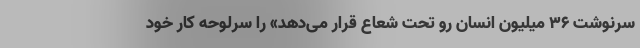
سرنوشت ۳۶ میلیون انسان رو تحت شعاع قرار می‌دهد» را سرلوحه کار خود